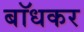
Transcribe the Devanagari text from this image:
बाॅधकर